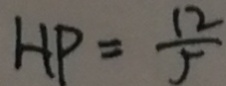
H P = \frac { 1 2 } { 5 }